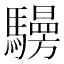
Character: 𩦧